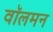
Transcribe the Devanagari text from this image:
वॉलमन